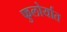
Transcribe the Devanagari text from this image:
फुलोर्यात